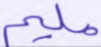
مليم